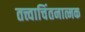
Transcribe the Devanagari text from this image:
तत्त्वाचिंतनात्मक